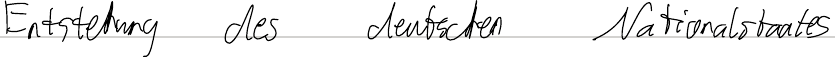
Entstehung des deutschen Nationalstaates